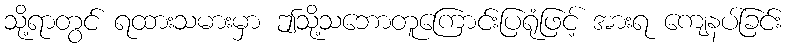
သို့ရာတွင် ရထားသမားမှာ ဤသို့သဘောတူကြောင်းပြရုံဖြင့် အားရ ကျေနပ်ခြင်း